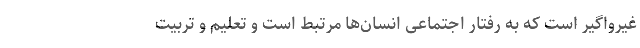
غیرواگیر است که به رفتار اجتماعی انسان‌‌ها مرتبط است و تعلیم و تربیت